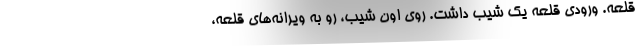
قلعه. ورودي قلعه يك شيب داشت. روي اون شيب، رو به ويرانه‌هاي قلعه،